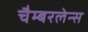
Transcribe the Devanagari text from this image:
चैम्बरलेन्स